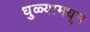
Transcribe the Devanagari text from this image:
धुळ्यामधून